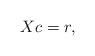
LaTeX: \begin{align*} Xc=r, \end{align*}